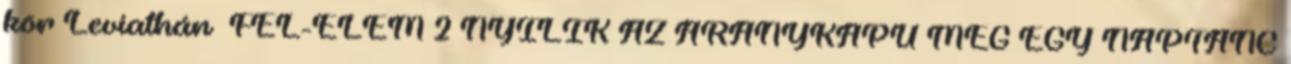
kör Leviathán FÉL-ELEM 2 NYÍLIK AZ ARANYKAPU MÉG EGY NAPTÁNC